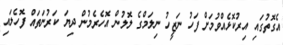
އެގޮތުގައި އިރުކޮޅެއްވުމަށް ފަހު ނަޒީހު ނިލަމްގެ ލޮލުން އޮހެރެމުން ދިޔަ ކަރުނަތައް ފޮހެލައި